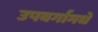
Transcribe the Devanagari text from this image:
उपवर्गामधे